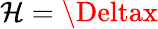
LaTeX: \mathcal{H}=\Deltax